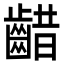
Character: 齰